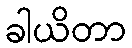
ခါယိတာ